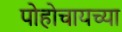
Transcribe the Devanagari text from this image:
पोहोचायच्या